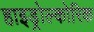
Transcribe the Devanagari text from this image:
हाइड्रोल्कोरिक